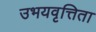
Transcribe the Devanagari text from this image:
उभयवृत्तिता